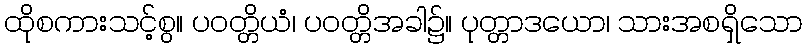
ထိုစကားသင့်စွ။ ပဝတ္တိယံ၊ ပဝတ္တိအခါ၌။ ပုတ္တာဒယော၊ သားအစရှိသော